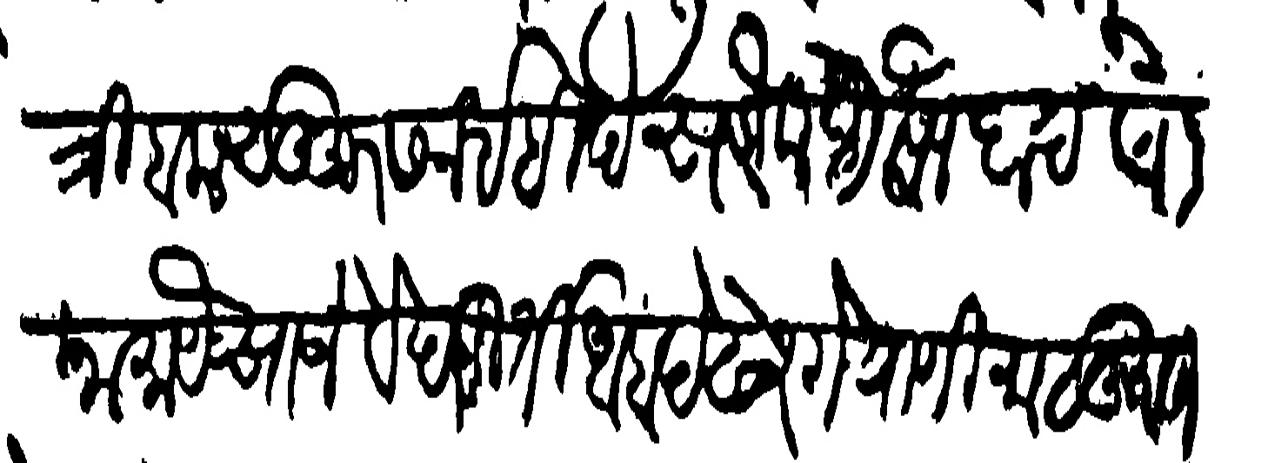
Transliteration (Devanagari):  त्रिमबक सुहूरसन इहींदे सबैन आलफ बादे कौल नामा येसाजे वेदमुर्ती आबदे ढेरगे यांनी मालुमात